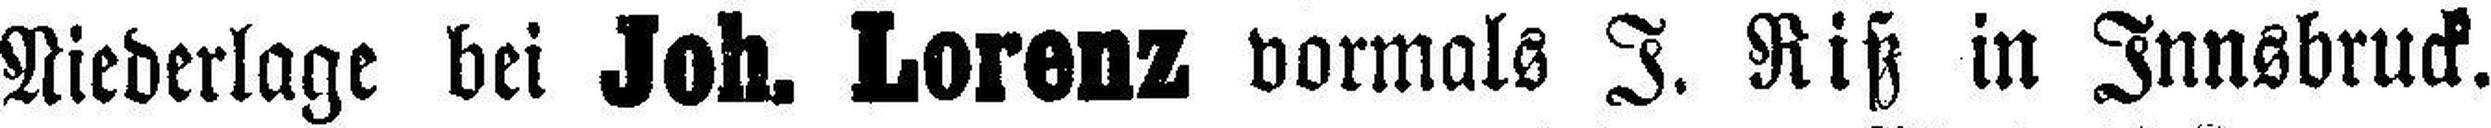
Niederlage bei Joh. Lorenz vormals J. Riß in Innsbruck.